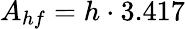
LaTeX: A_{hf}=h\cdot 3.417